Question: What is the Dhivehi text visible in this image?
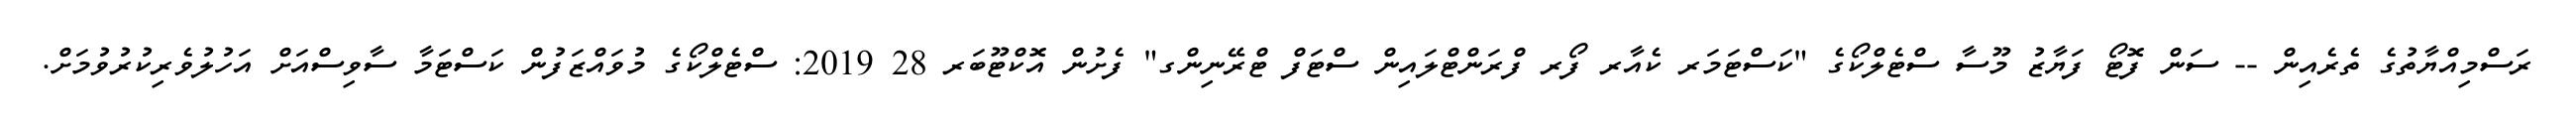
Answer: ރަސްމިއްޔާތުގެ ތެރެއިން -- ސަން ފޮޓޯ ފަޔާޒު މޫސާ ސްޓެލްކޯގެ "ކަސްޓަމަރ ކެއާރ ފޯރ ފްރަންޓްލައިން ސްޓަފް ޓްރޭނިންގ" ފެށުން އޮކްޓޫބަރ 28 2019: ސްޓެލްކޯގެ މުވައްޒަފުން ކަސްޓަމާ ސާވިސްއަށް އަހުލުވެރިކުރުވުމަށް.